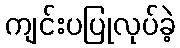
ကျင်းပပြုလုပ်ခဲ့